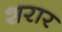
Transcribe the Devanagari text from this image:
शरार